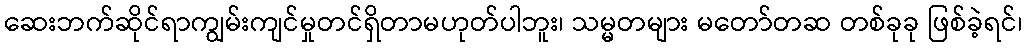
ဆေးဘက်ဆိုင်ရာကျွမ်းကျင်မှုတင်ရှိတာမဟုတ်ပါဘူး၊ သမ္မတများ မတော်တဆ တစ်ခုခု ဖြစ်ခဲ့ရင်၊